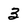
Character: 3